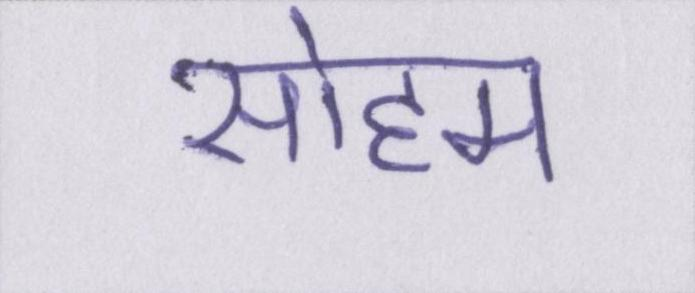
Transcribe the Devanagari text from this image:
सोहम